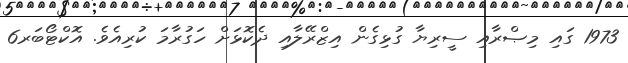
1973 ގައި މިޞްރާއި ސީރިޔާ ގުޅިގެން އިޒްރޭލާއި ދެކޮޅަށް ހަގުރާމަ ކުރިއެވެ. އޮކްޓޯބަރ6